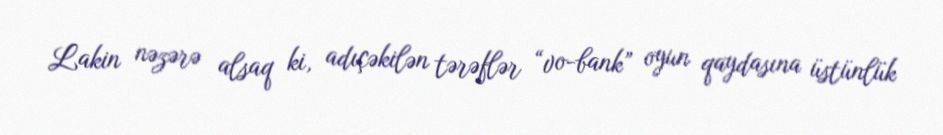
Lakin nəzərə alsaq ki, adıçəkilən tərəflər “vo-bank” oyun qaydasına üstünlük